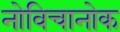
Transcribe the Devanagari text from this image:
नोविचानोक